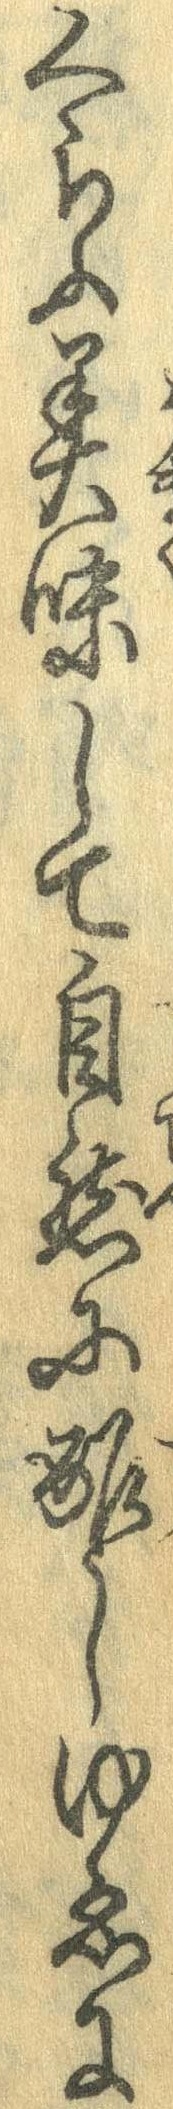
くらふ美味して自然に酢しゆゑに